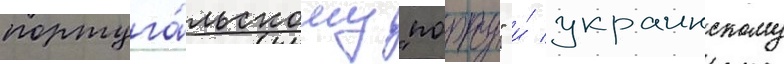
португа́льскому "порту" и́ украинскому